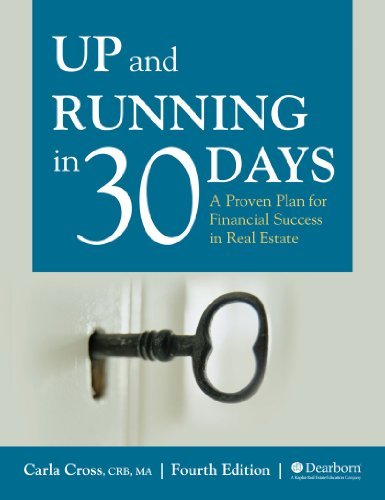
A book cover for Up and Running in 30 Days: A Proven Plan for Financial Success in Real Estate, 4th Edition; Carla Cross; Business & Money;